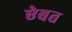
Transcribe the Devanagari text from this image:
ऐबत